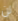
لن